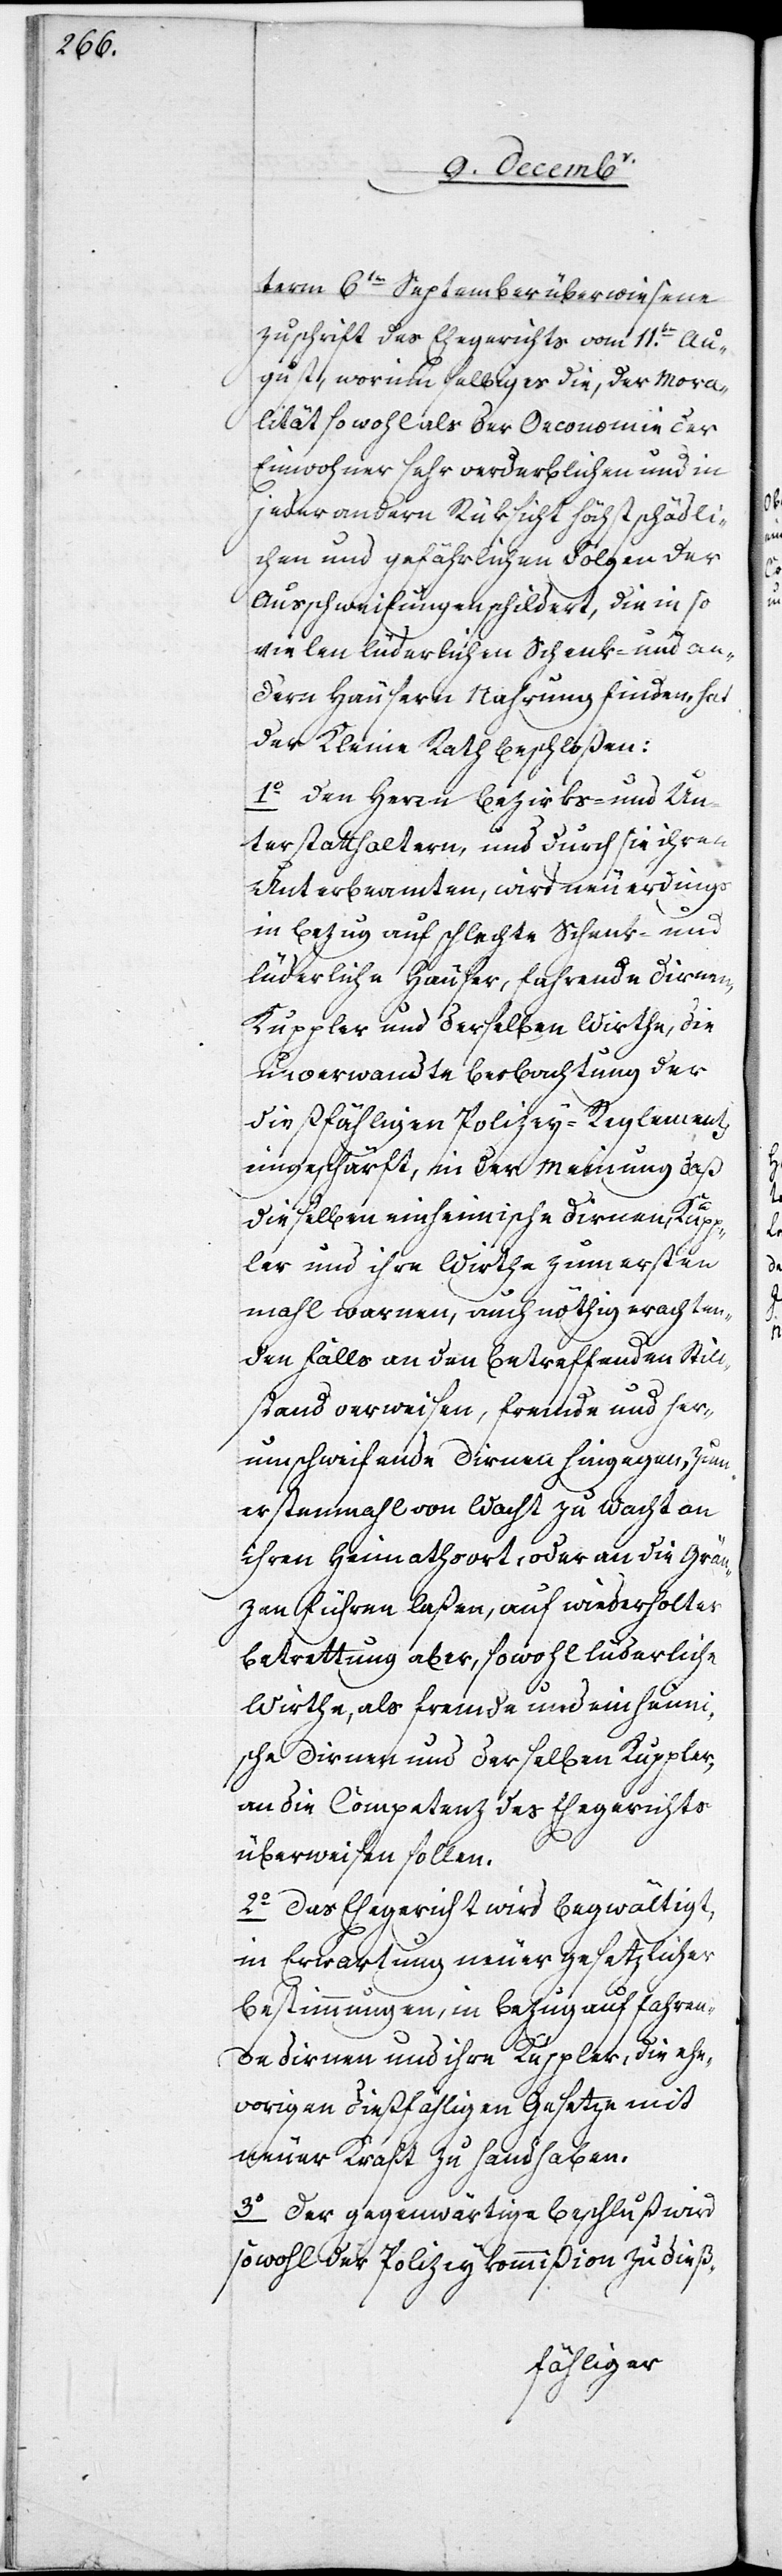
term 6ten September überwiesene
Zuschrift des Ehegerichts vom 11ten. Au¬
gust, worinn selbiges die, der Mora¬
lität so wohl als der Oeconomie der
Einwohner sehr verderblichen und in
jeder andern Rüksicht höchst schädli¬
chen und gefährlichen Folgen der
Ausschweifung schildert, die in so
vielen liederlichen Schenk- und an¬
dern Häusern Nahrung finden, hat
der Kleine Rath beschloßen:
1. Den Herren Bezirks- und Un¬
terstatthaltern, und durch sie ihren
Unterbeamten, wird neuerdings
in Bezug auf schlechte Schenk- und
lüderliche Häuser, fahrende Dirnen,
Kuppler und derselben Wirthe, die
unverwandte Beobachtung der
dießfähligen Polizey-Reglement[e]
eingeschärft, in der Meinung daß
dieselben einheimische Dirnen, Kupp¬
ler und ihre Wirthe zum ersten
mahl warnen, auch nöthig erachten¬
den Falls an den betreffenden Still¬
stand verweisen, fremde und her¬
umschweifende Dirnen hingegen, zum
erstenmahl von Wacht zu Wacht an
ihren Heymathsort, oder an die Grä¬
nzen führen laßen, auf wiederholter
Betrettung aber, sowohl lüderliche
Wirthe, als fremde und einheimi¬
sche Dirnen und derselben Kuppler,
an die Competenz des Ehegerichts
überweisen sollen.
2. Das Ehegericht wird begwältigt,
in Erwartung neuer gesetzlicher
Bestimmungen, in Bezug auf fahren¬
de Dirnen und ihre Kuppler, die ehe¬
vorigen dießfälligen Gesetze mit
neuer Kraft zu handhaben.
3. Der gegenwärtige Beschluß wird
sowohl der Polizeykommißion zu dieß-